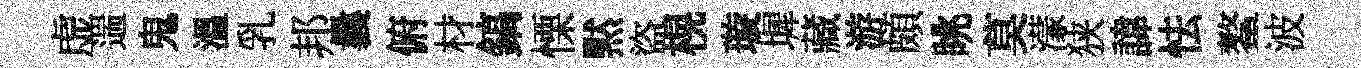
虚遄鬼溫乳邦曩俯材鎬慄黙盜榥璇墀藏游頗眺莫濛狭諱怯鳌波